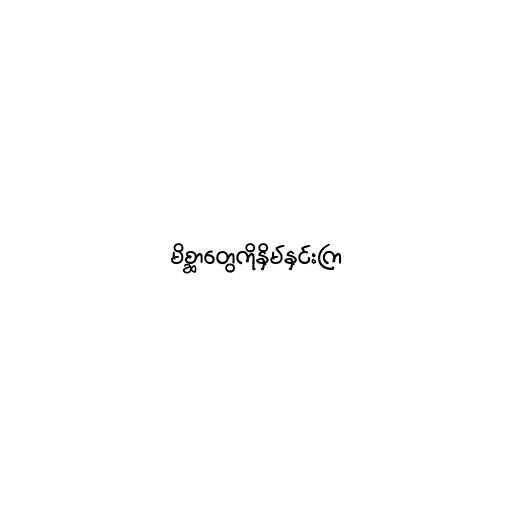
မိစ္ဆာတွေကိုနှိမ်နှင်းကြ